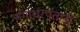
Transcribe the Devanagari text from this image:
गंगाधरपंतानी